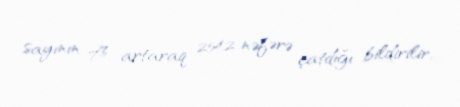
sayının 7% artaraq 2542 nəfərə çatdığı bildirilir.